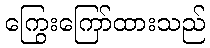
ကြွေးကြော်ထားသည်